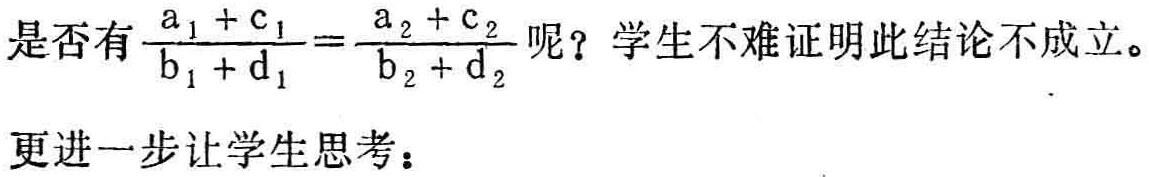
是否有$\frac{a_{1} + c_{1}}{b_{1} + d_{1}}=\frac{a_{2} + c_{2}}{b_{2} + d_{2}}$呢？学生不难证明此结论不成立。
更进一步让学生思考：